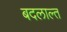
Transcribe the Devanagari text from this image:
बदलाल्त